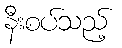
နီးစပ်သည့်